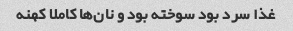
غذا سرد بود سوخته بود و نان‌ها کاملا کهنه